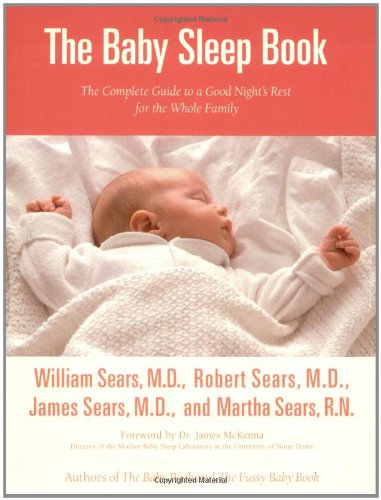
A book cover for The Baby Sleep Book: The Complete Guide to a Good Night's Rest for the Whole Family (Sears Parenting Library); William Sears; Health, Fitness & Dieting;